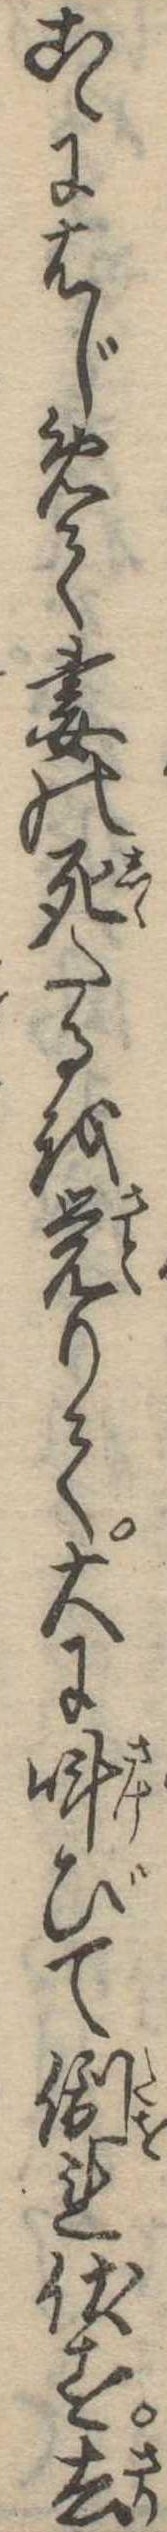
こゝにはじめて妻の死たるを覚りて大に叫びて倒れ伏す去